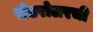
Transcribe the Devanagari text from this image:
रोडरोलरची